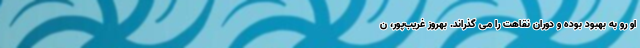
او رو به بهبود بوده و دوران نقاهت را می گذراند. بهروز غریب‌پور، ن